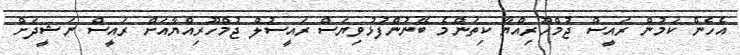
އެހެން ކަމުން ރައީސް ޖުމްހޫރިއްޔާ ކިތަންމެ ބޭނުންފުޅުވިޔަސް ރައީސުލް ޖުމްހޫރިއްޔާއަށް ރައީސް ނަޝީދަށް